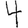
Digit: 4